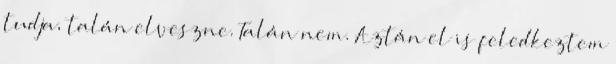
tudja, talán elveszne. Talán nem. Aztán el is feledkeztem